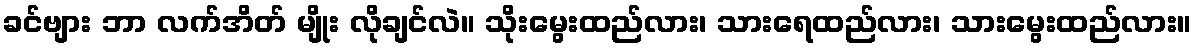
ခင်ဗျား ဘာ လက်အိတ် မျိုး လိုချင်လဲ။ သိုးမွေးထည်လား၊ သားရေထည်လား၊ သားမွေးထည်လား။